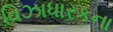
વિઝાધારકના